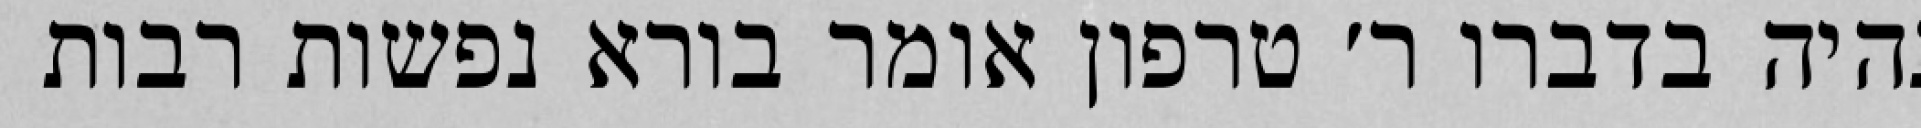
נהיה בדברו ר׳ טרפון אומר בורא נפשות רבות